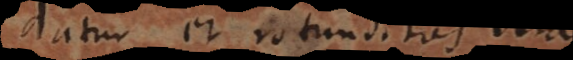
datur et rotunditas vera.